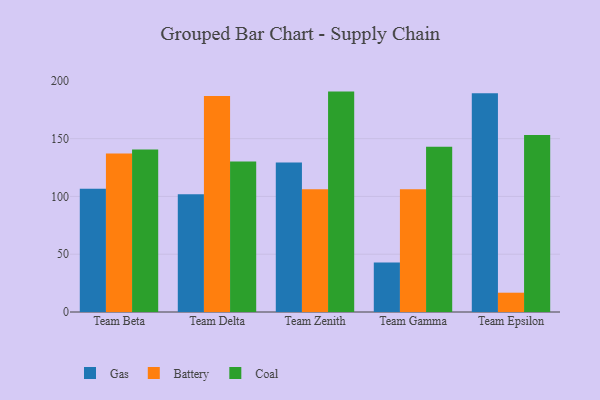
{"axis": {"x": "Team", "y": "Satisfaction Score"}, "legend": ["Battery", "Coal", "Gas"], "data": [{"x": "Team Beta", "y": 106.6, "type": "Gas"}, {"x": "Team Beta", "y": 137.1, "type": "Battery"}, {"x": "Team Beta", "y": 140.6, "type": "Coal"}, {"x": "Team Delta", "y": 101.8, "type": "Gas"}, {"x": "Team Delta", "y": 186.9, "type": "Battery"}, {"x": "Team Delta", "y": 130.2, "type": "Coal"}, {"x": "Team Zenith", "y": 129.3, "type": "Gas"}, {"x": "Team Zenith", "y": 106.3, "type": "Battery"}, {"x": "Team Zenith", "y": 190.7, "type": "Coal"}, {"x": "Team Gamma", "y": 42.9, "type": "Gas"}, {"x": "Team Gamma", "y": 106.2, "type": "Battery"}, {"x": "Team Gamma", "y": 143.0, "type": "Coal"}, {"x": "Team Epsilon", "y": 189.3, "type": "Gas"}, {"x": "Team Epsilon", "y": 16.7, "type": "Battery"}, {"x": "Team Epsilon", "y": 153.1, "type": "Coal"}]}